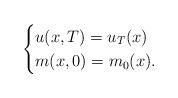
LaTeX: \begin{align*}\begin{cases}u(x,T)=u_T(x)\\m(x,0)=m_0(x).\end{cases}\end{align*}